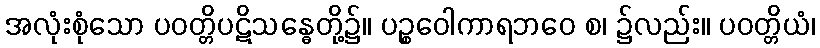
အလုံးစုံသော ပဝတ္တိပဋိသန္ဓေတို့၌။ ပဉ္စဝေါကာရဘဝေ စ၊ ၌လည်း။ ပဝတ္တိယံ၊